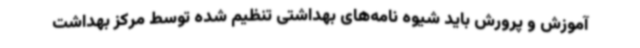
آموزش و پرورش باید شیوه‌ نامه‌های بهداشتی تنظیم شده توسط مرکز بهداشت